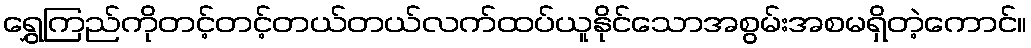
ရွှေကြည်ကိုတင့်တင့်တယ်တယ်လက်ထပ်ယူနိုင်သောအစွမ်းအစမရှိတဲ့ကောင်။